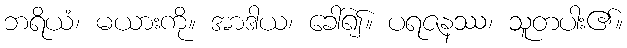
ဘရိယံ၊ မယားကို။ အာဒါယ၊ ခေါ်၍။ ပရဇနဿ၊ သူတပါး၏။